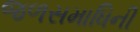
જળસમાધિની